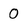
Character: 0